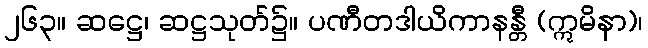
၂၆၃။ ဆဋ္ဌေ၊ ဆဋ္ဌသုတ်၌။ ပဏီတဒါယိကာနန္တီ (ဣမိနာ)၊